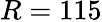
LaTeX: R=115